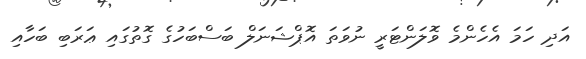
އަދި ހަމަ އެހެންމެ ވޮލަންޓަރީ ނުވަތަ އޮޕްޝަނަލް ބަސްބަހުގެ ގޮތުގައި ޢަރަބި ބަހާއި